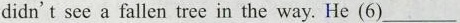
didn't see a fallen tree in the way. He(6)___